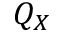
Q _ { X }